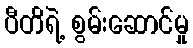
ပီတိရဲ့ စွမ်းဆောင်မှု